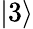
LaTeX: |3\rangle